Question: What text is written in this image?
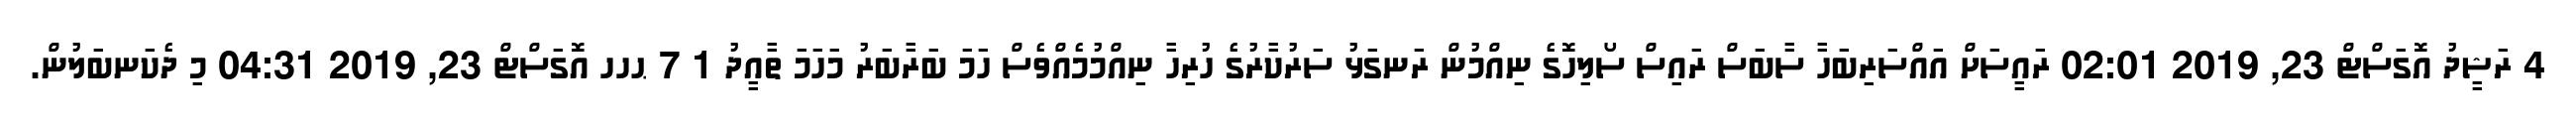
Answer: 4 ރަޝީދު އޮގަސްޓް 23, 2019 02:01 ރައީސަށް އައްސަރިބަހާ ސާބަސް ރައިސް ސޯލިހޮގެ ނިއްމުން ރަނގަޅު ސަރުކާރުގެ ހުރިހާ ނިއްމުމެއްވެސް ހަމަ ބަރާބަރު މަހަމަ ތާއީދު 1 7 ޙހހ އޮގަސްޓް 23, 2019 04:31 މި ދެކަނބަލުން.